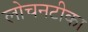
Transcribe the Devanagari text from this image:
लोचनटीका